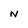
Character: N